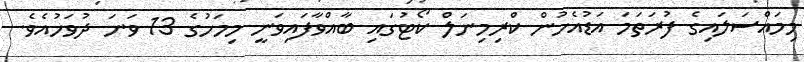
މިމައްސަލައިގެ ފުރަތަމަ އަޑުއެހުން ކްރިމިނަލް ކޯޓުގައި ބާއްވާފައިވަނީ މިމަހުގެ 13 ވަނަ ދުވަހުއެވެ.